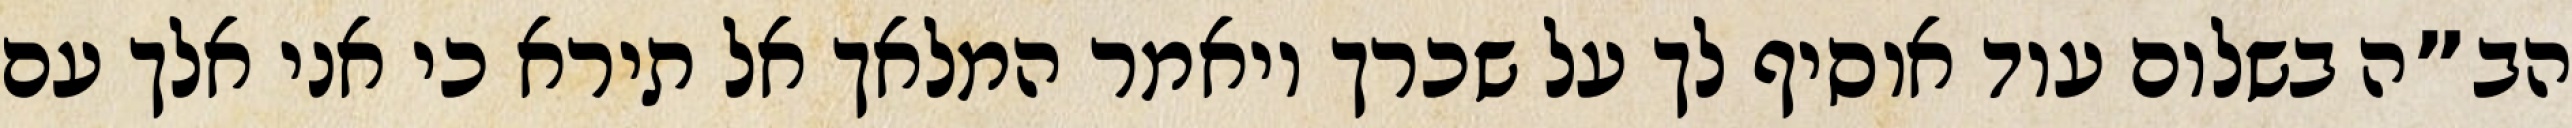
הב”ה בשלום עוד אוסיף לך על שכרך ויאמר המלאך אל תירא כי אני אלך עם